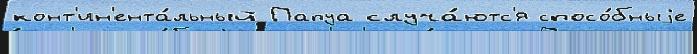
конт'ин'ента́льный Папуа случа́ютс'я спосо́бныjе